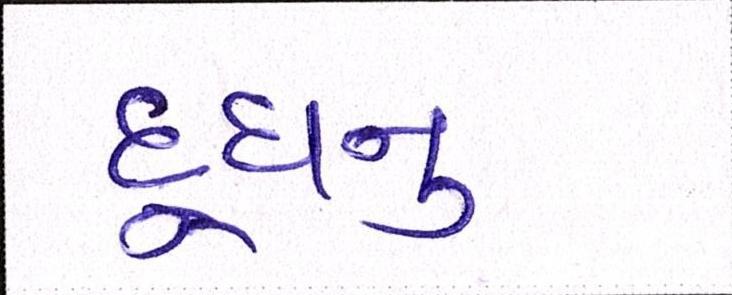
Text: દૂધનું